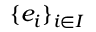
\{ e _ { i } \} _ { i \in I }